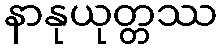
နာနုယုတ္တဿ